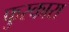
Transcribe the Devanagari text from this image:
फुस्कारा